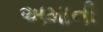
અમાની